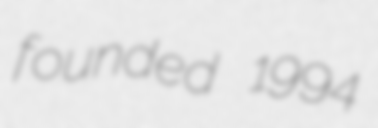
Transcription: founded 1994